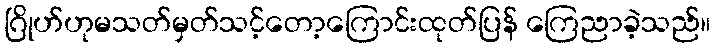
ဂြိုဟ်ဟုမသတ်မှတ်သင့်တော့ကြောင်းထုတ်ပြန် ကြေညာခဲ့သည်။